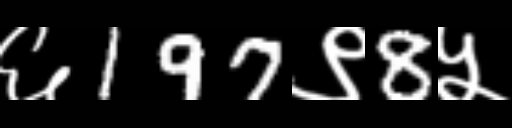
Text: ६197९8५